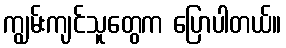
ကျွမ်းကျင်သူတွေက ပြောပါတယ်။